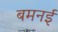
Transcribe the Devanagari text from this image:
बमनई